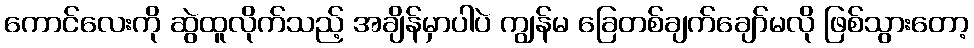
ကောင်လေးကို ဆွဲထူလိုက်သည့် အချိန်မှာပါပဲ ကျွန်မ ခြေတစ်ချက်ချော်မလို ဖြစ်သွားတော့